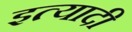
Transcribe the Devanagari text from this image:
इत्यादी